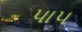
પા૫